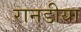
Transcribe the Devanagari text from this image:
रानडीया